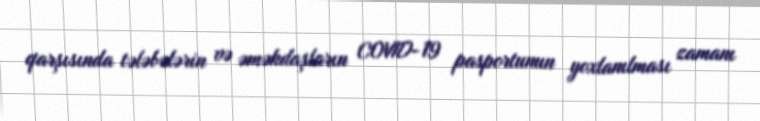
qarşısında tələbələrin və əməkdaşların COVID-19 pasportunun yoxlanılması zamanı